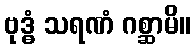
ဗုဒ္ဓံ သရဏံ ဂစ္ဆာမိ။